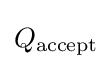
Q_{\text{accept}}